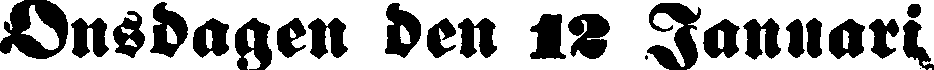
Onsdagen den 12 Januari